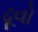
ઢૂવો